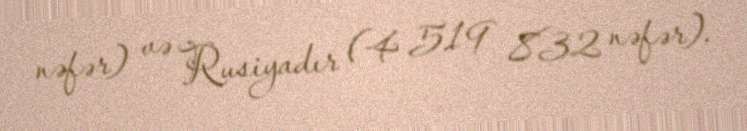
nəfər) və Rusiyadır (4 519 832 nəfər).